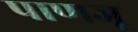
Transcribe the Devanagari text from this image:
पाणजू